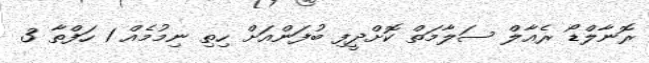
ރޮނާލްޑޯ ރެއާލް ސަލާމަތް ކޮށްދީފި ބުފަންއަށް ހިތި ނިމުމެއް 1 ހަފްތާ 3